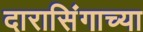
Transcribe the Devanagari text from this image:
दारासिंगाच्या